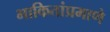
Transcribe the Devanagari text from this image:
भाकितांप्रमाणे